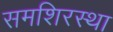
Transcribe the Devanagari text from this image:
समशिरस्था